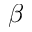
\boldsymbol { \beta }